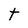
Character: t